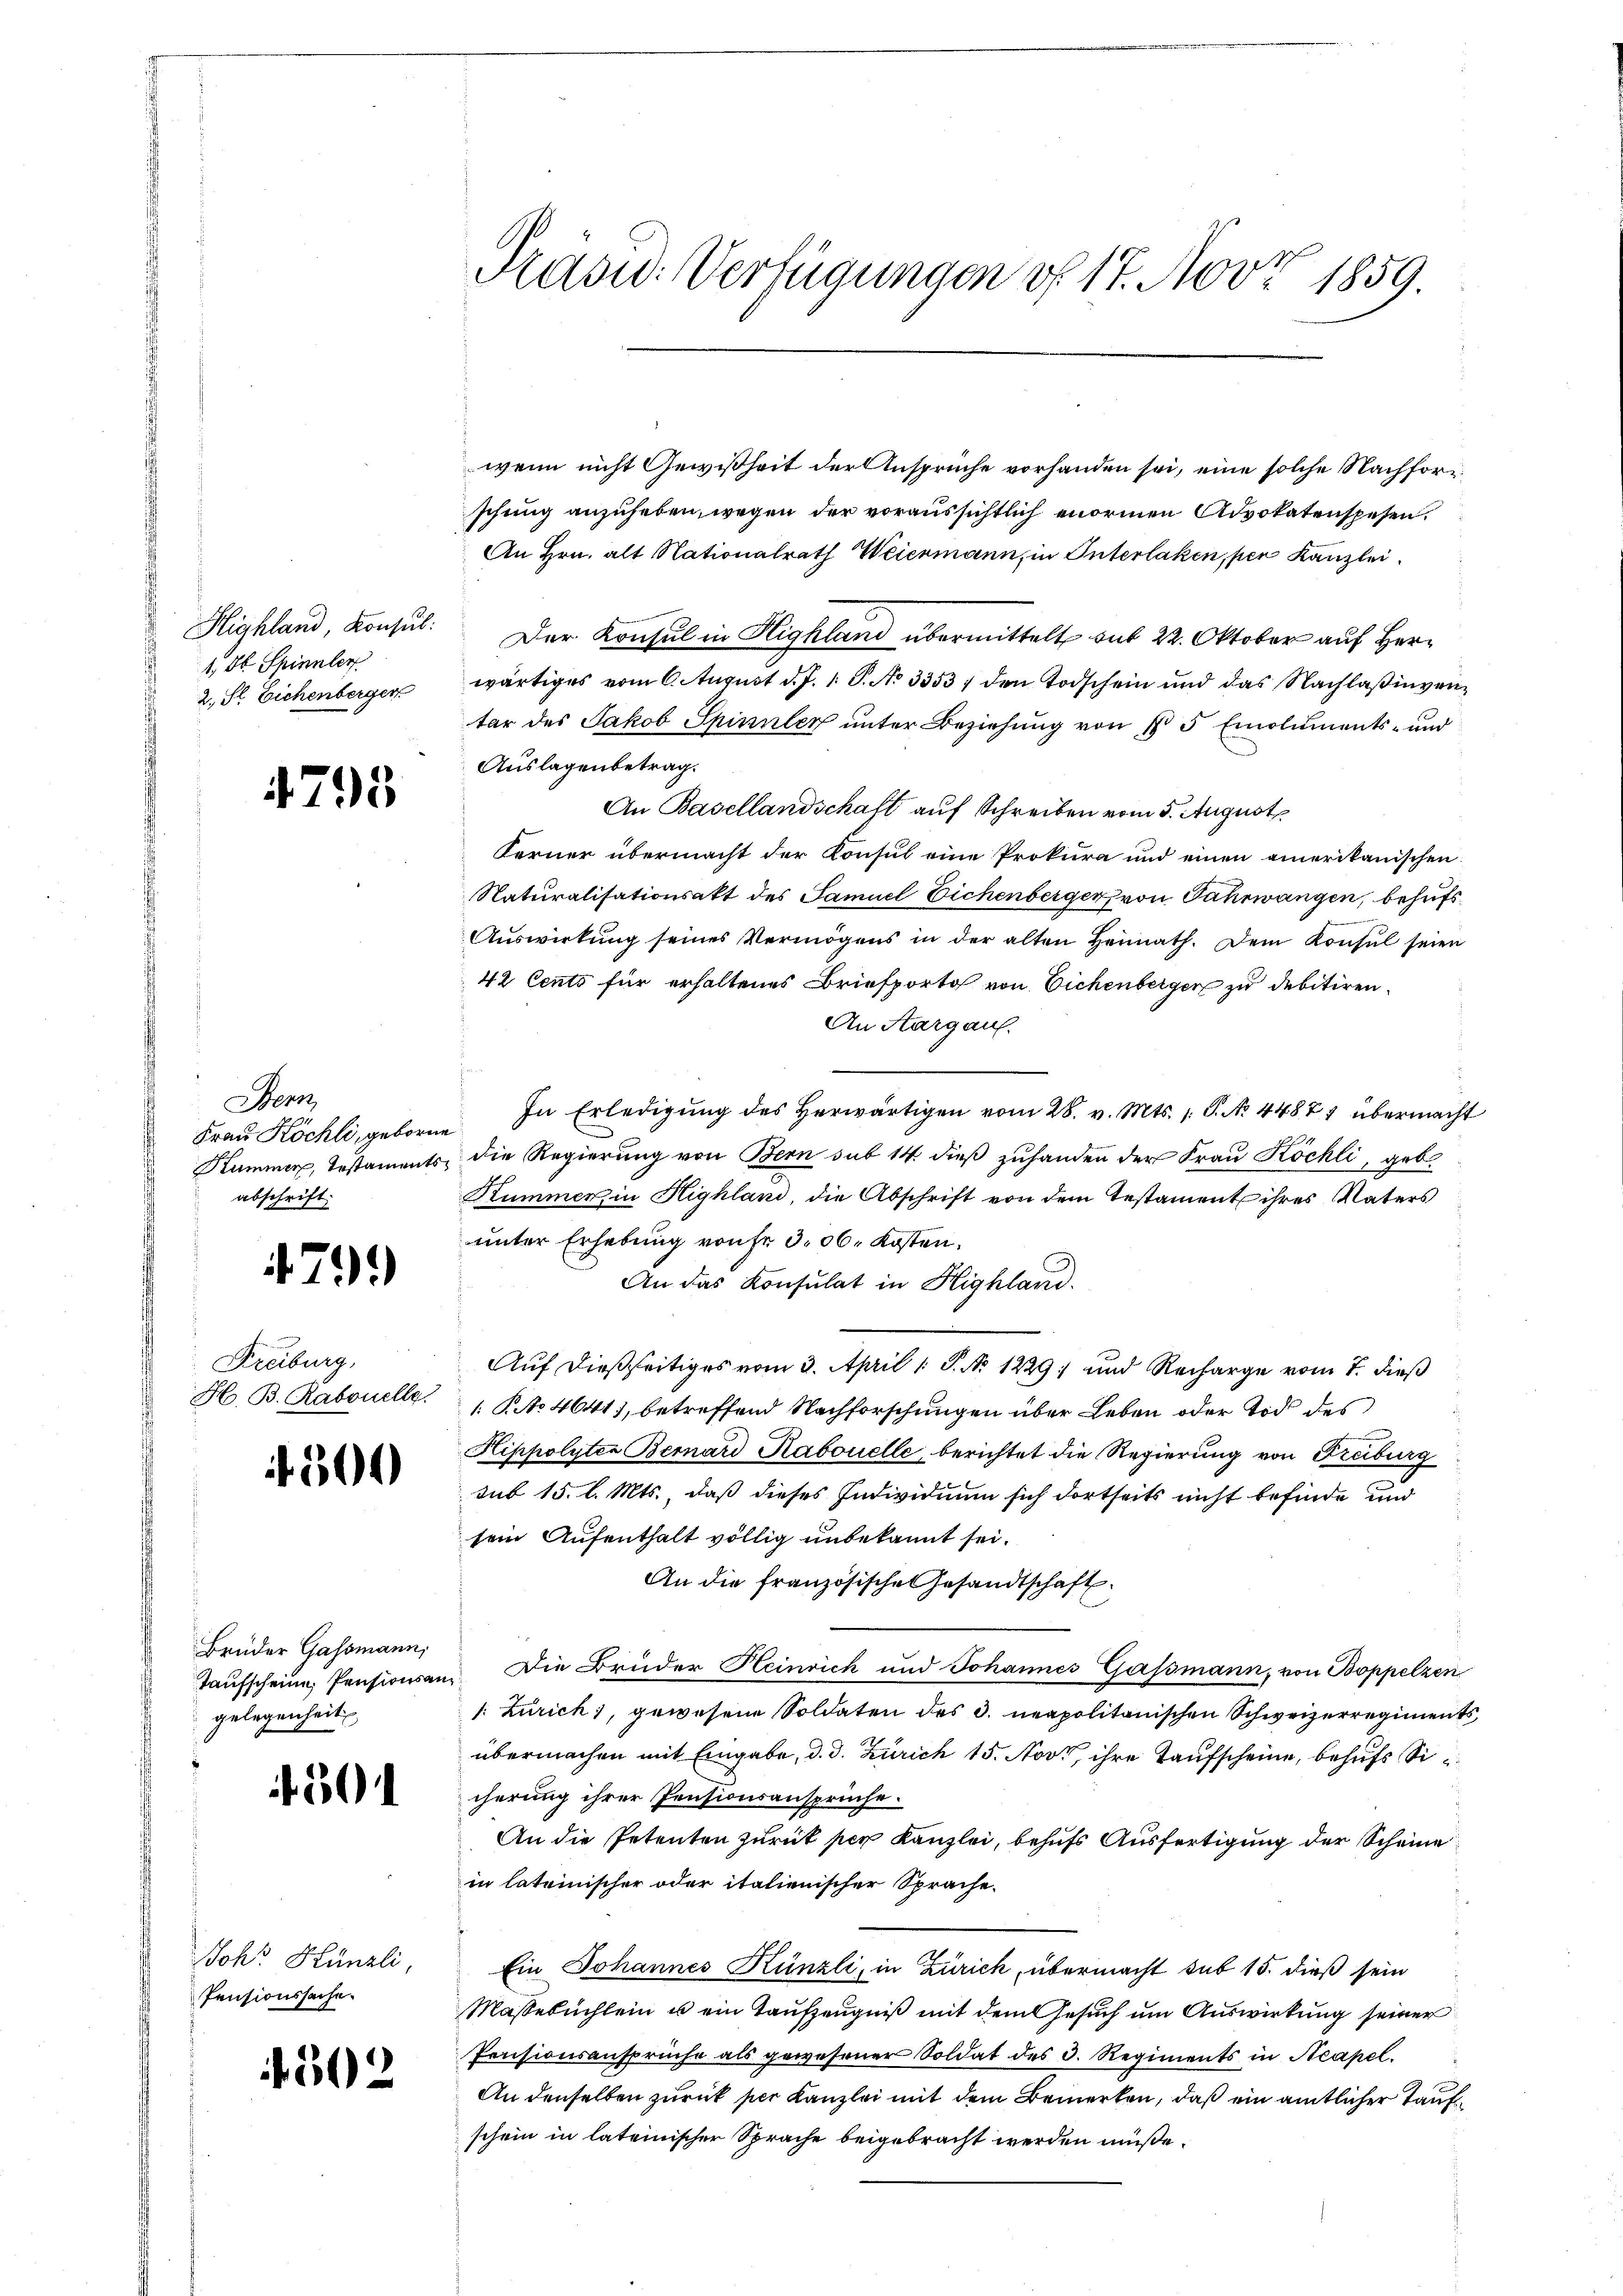
Highland, Konsul:
1, Dr. Spinner
2. St. Eichenberger

4795

Stern
Frau Köchli, geborne
Kummer, Testaments
abschrift.

479)

Freiburg,
H. B. Rabonelle.

f 500

Brüder Gassmann,
gelegenheit,

504

Johr Künzli,
Pensionssache.

502

Kasid: Verfügungen v. 17. Nov. 1859.

wenn nicht Gewißheit der Ansprüche vorhanden sei, eine solche Nachforschung anzuheben, wegen der voraussichtlich enormen Advokatenspesen.
An Hrn. alt Nationalrath Weiermann, in Interlaken, per Kanzlei
Der Konsul in Highland übermittelt auf 22. Oktober auf Herwärtiges vom 6. August d. J. 1. P. No 3353) den Todschein und das Nachlaßingentar des Jakob Spinner unter Beziehung von § 5 Emoluments- und
Auslagenbetrag.
An Basellandschaft auf Schreiben vom 5. August
Ferner übermacht der Konsul eine Prokura und einen amerikanischen
Naturalisationsakt des Samuel Eichenberger von Jahrwangen, behufs¬
Aŭswirkŭng seines Vermögens in der alten Heimath. Dem Konsul seien
42 Cents für erhaltenes Briefporto von Eichenberger zu debitiren.
An Aargau.
In Erledigung des herwärtigen vom 28. v. Mts. 1. P. No. 4487 übermacht
die Regierung von Bern sub 14 dieß zuhanden der Frau Köchli, geb.
Kummer in Highland, die Abschrift von dem Testament ihres Vaters
unter Erhebung von Fr. 306. Kosten,
An das Konsulat in Highland.
Auf dießseitiges vom 3. April 1 S. No 1229 und Recharge vom 7. dieß
 P. No 4641), betreffend Nachforschungen über Leben oder Tod des
Kippolyter Bernard Rabouelle, berichtet die Regierung von Freiburg
sub 15. l. Mts., daß dieses Individium sich dortseits nicht befinde und
sein Aufenthalt völlig unbekannt sei.
An die französische Gesandtschaft.
Taufscheine Pensionsan. Die Brüder Heinrich und Johannes Gassmann, von Boppelzen
/: Zürich, gewesene Soldaten des 3. neapolitanischen Schweizerregiments
übermachen mit Eingabe, d. J. Zürich 15. Nov., ihre Taufscheine, behufs Sicherung ihrer Pensionsansprüche.
An die Petenten zurück per Kanzlei, behufs Ausfertigung der Scheine
in lateinischer oder italienischer Sprache.
Ein Johannes Künzli, in Zürich, übermacht sub 15. dieß sein
Masebuchlein u ein Taufzeugniß mit dem Gesuch um Auswirkung seiner
Pensionsansprüche als gewesener Soldat des 3. Regiments in Neapel.
An denselben zurück per Kanzlei mit dem Bemerken, daß ein amtlicher Taufschein in lateinischer Sprache beigebracht werden müße.